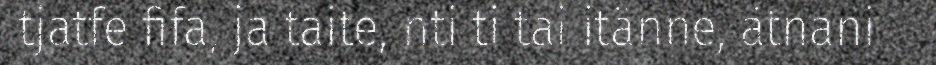
tjatfe fifa, ja taite, nti ti tai itänne, ätnani